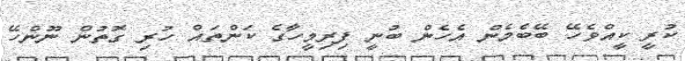
ކުރީ ކީއްވެހޭ ބޭބެމެން އެހެން ބުނީ ފިރިމީހާގެ ކަންތައް ހުރި ގޮތުން ނޫންހޭ